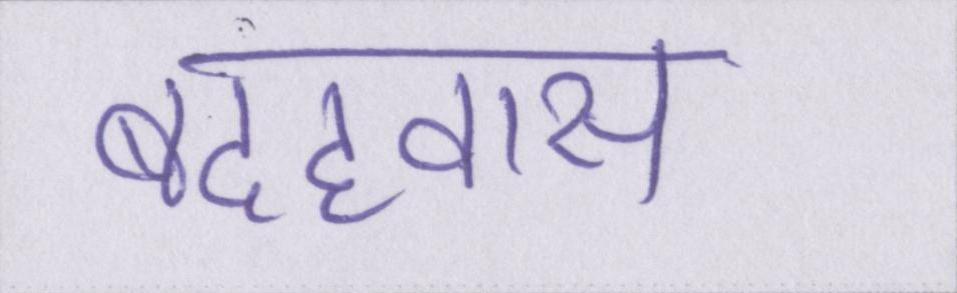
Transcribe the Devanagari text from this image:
बदहवास